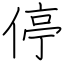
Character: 停